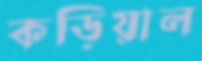
কড়িয়াল